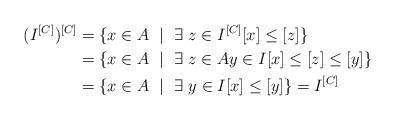
LaTeX: \begin{align*}(I^{[C]})^{[C]} &= \{x\in A~ \mid ~\exists~ z\in I^{[C]} [x]\leq [z]\}\\&= \{x\in A~ \mid ~\exists~ z\in A y\in I [x]\leq [z]\leq [y]\}\\&= \{x\in A~ \mid ~\exists~ y\in I [x]\leq [y]\} = I^{[C]}\end{align*}